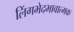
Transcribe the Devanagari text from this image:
लिंगभेदभावात्मक